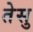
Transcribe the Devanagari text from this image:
तेसु